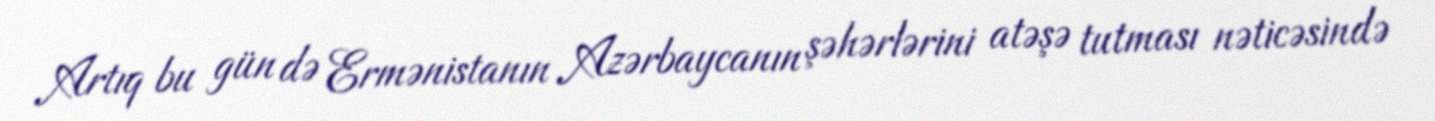
Artıq bu gün də Ermənistanın Azərbaycanın şəhərlərini atəşə tutması nəticəsində